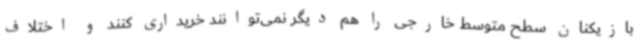
بازیکنان سطح متوسط خارجی را هم دیگر نمی‌توانند خریداری کنند و اختلاف